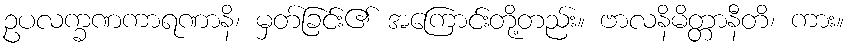
ဥပလက္ခဏကာရဏာနိ၊ မှတ်ခြင်း၏ အကြောင်းတို့တည်း။ ဗာလနိမိတ္တာနီတိ၊ ကား။